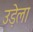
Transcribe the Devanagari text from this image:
उड़ेला